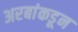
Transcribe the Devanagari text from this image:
अरबांकडून